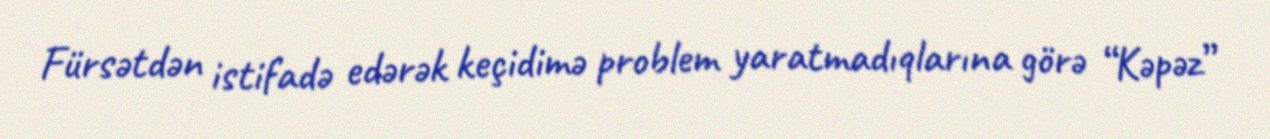
Fürsətdən istifadə edərək keçidimə problem yaratmadıqlarına görə “Kəpəz”